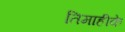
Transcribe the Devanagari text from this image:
तिमाहीके